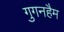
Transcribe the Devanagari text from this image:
गुगनहैम